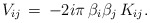
\begin{align*}V_{ij}\,=\,-2i\pi\,\beta_i\beta_j\,K_{ij}.\end{align*}